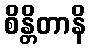
စိန္တိတာနိ